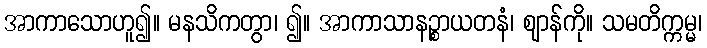
အာကာသောဟူ၍။ မနသိကတွာ၊ ၍။ အာကာသာနဉ္စာယတနံ၊ ဈာန်ကို။ သမတိက္ကမ္မ၊